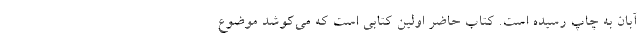
آبان به چاپ رسیده است. کتاب حاضر اولین کتابی است که می‌کوشد موضوع